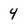
Character: 4